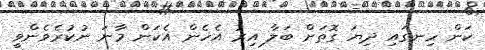
ކަން ހިނގައި ދިޔަ ގޮތަށް ބަލާ އިރު އެހެން އެކަން މާނަ ނުކުރެވެންވީ